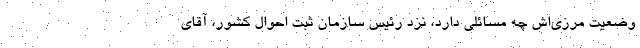
وضعیت مرزی‌اش چه مسائلی دارد، نزد رئیس سازمان ثبت احوال کشور، آقای